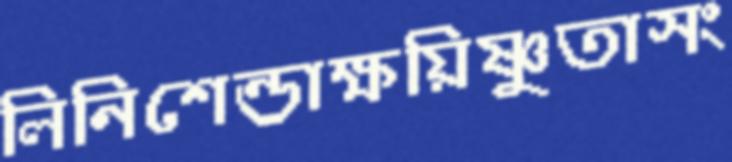
লিনিশেন্ডাক্ষয়িষ্ণুতাসং